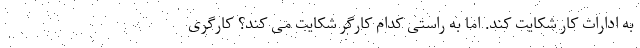
به ادارات کار شکایت کند. اما به راستی کدام کارگر شکایت می کند؟ کارگری